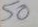
50